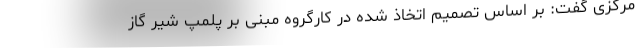
مرکزی گفت: ‌بر اساس تصمیم اتخاذ شده در کارگروه مبنی بر پلمپ شیر گاز